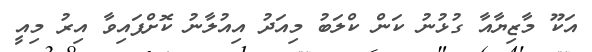
އަކޫ މާޒިޔާއާ ގުޅުނު ކަން ކްލަބު މިއަދު އިއުލާނު ކޮށްފައިވާ އިރު މިއީ